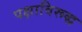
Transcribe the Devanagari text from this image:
पक्षाविरूद्ध